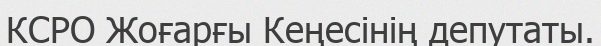
КСРО Жоғарғы Кеңесінің депутаты.